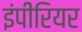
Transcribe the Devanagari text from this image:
इंपीरियर